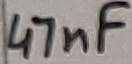
Text: 47nF